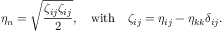
\eta _ { n } = \sqrt { \frac { \zeta _ { i j } \zeta _ { i j } } { 2 } } , \quad \mathrm { w i t h } \quad \zeta _ { i j } = \eta _ { i j } - \eta _ { k k } \delta _ { i j } .